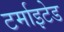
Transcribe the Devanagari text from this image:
टर्माइटेड